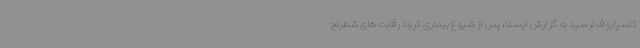
کاسپاروف نرسید به گزارش ایسنا، پس از شیوع بیماری کرونا رقابت های شطرنج